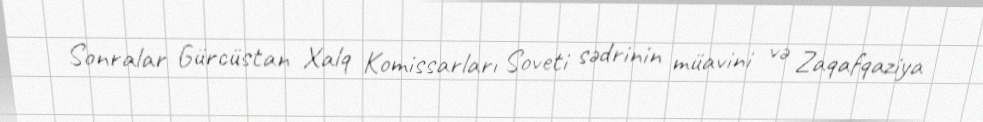
Sonralar Gürcüstan Xalq Komissarları Soveti sədrinin müavini və Zaqafqaziya